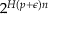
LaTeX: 2 ^ { H ( p + \epsilon ) n }